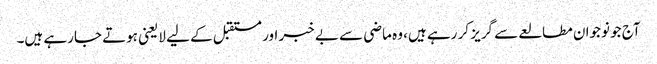
آج جو نوجوان مطالعے سے گریز کر رہے ہیں، وہ ماضی سے بے خبر اور مستقبل کے لیے لایعنی ہوتے جارہے ہیں۔